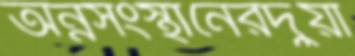
অন্নসংস্থানেরদুয়া